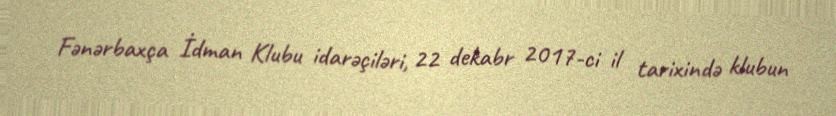
Fənərbaxça İdman Klubu idarəçiləri, 22 dekabr 2017-ci il tarixində klubun